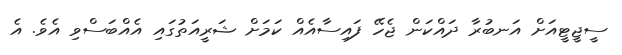
ސީޖީޓީއަށް އަނބުރާ ދައްކަން ޖެހޭ ފައިސާއެއް ކަމަށް ޝަރީއަތުގައި އެއްބަސްވި އެވެ. އެ